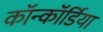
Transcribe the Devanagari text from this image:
कॉन्कॉर्डिया